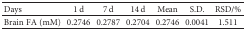
<table><thead><tr><td><b>Days</b></td><td><b>1 d</b></td><td><b>7 d</b></td><td><b>14 d</b></td><td><b>Mean</b></td><td><b>S.D.</b></td><td><b>RSD/%</b></td></tr></thead><tbody><tr><td>Brain FA (mM)</td><td>0.2746</td><td>0.2787</td><td>0.2704</td><td>0.2746</td><td>0.0041</td><td>1.511</td></tr></tbody></table>